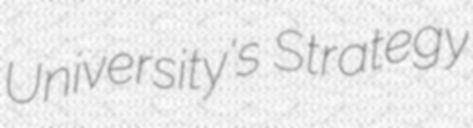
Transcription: University's Strategy